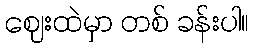
ဈေးထဲမှာ တစ် ခန်းပါ။